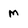
Character: M